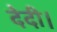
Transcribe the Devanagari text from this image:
देदी।